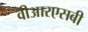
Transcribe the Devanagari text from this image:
वीआरएसबी